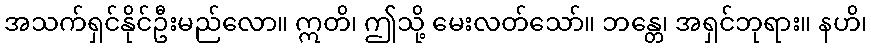
အသက်ရှင်နိုင်ဦးမည်လော။ ဣတိ၊ ဤသို့ မေးလတ်သော်။ ဘန္တေ၊ အရှင်ဘုရား။ နဟိ၊